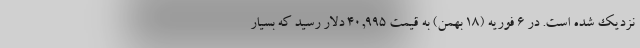
نزدیک شده است. در ۶ فوریه (۱۸ بهمن) به قیمت ۴۰,۹۹۵ دلار رسید که بسیار